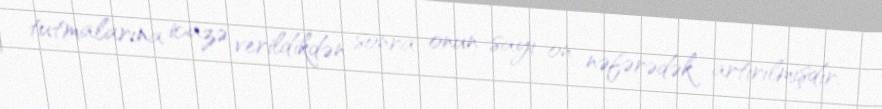
tutmalarına icazə verildikdən sonra onun sayı on nəfərədək artırılmışdır.